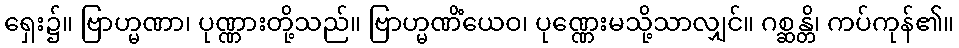
ရှေး၌။ ဗြာဟ္မဏာ၊ ပုဏ္ဏားတို့သည်။ ဗြာဟ္မဏိံယေဝ၊ ပုဏ္ဏေးမသို့သာလျှင်။ ဂစ္ဆန္တိ၊ ကပ်ကုန်၏။